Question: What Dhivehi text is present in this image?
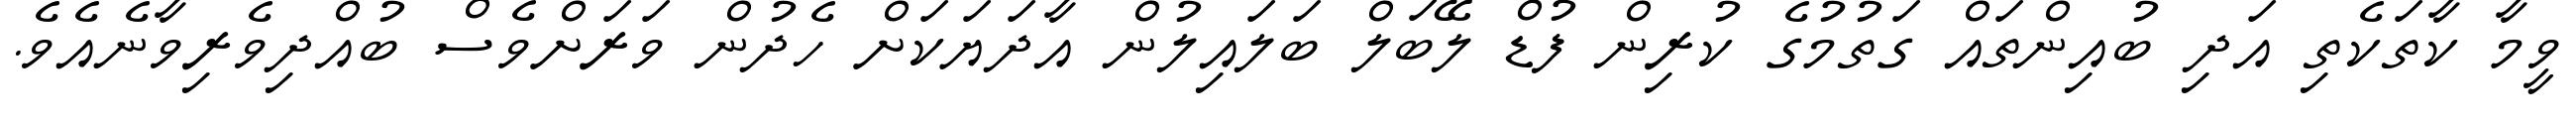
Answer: ވީމާ ކާތަކެތި އަދި ބުއިންތައް ގަތުމުގެ ކުރިން ފުޑް ލޭބަލް ބަލައިލުން އާދަޔަކަށް ހެދުން ވަރަށްވެސް ބުއްދިވެރިވާނެއެވެ.